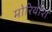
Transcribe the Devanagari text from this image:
मोरियोश